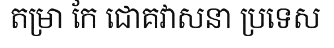
តម្រា កែ ជោគវាសនា ប្រទេស